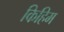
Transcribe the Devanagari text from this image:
किहिम